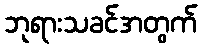
ဘုရားသခင်အတွက်